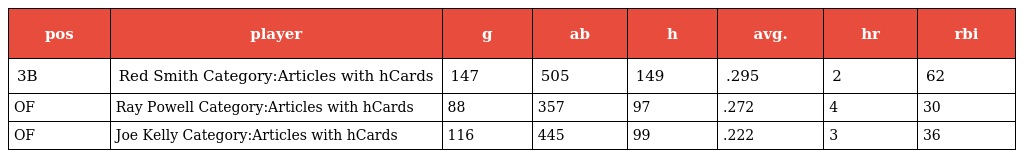
| pos | player | g | ab | h | avg. | hr | rbi |
 | --- | --- | --- | --- | --- | --- | --- | --- |
 | 3B | Red Smith Category:Articles with hCards | 147 | 505 | 149 | .295 | 2 | 62 |
 | OF | Ray Powell Category:Articles with hCards | 88 | 357 | 97 | .272 | 4 | 30 |
 | OF | Joe Kelly Category:Articles with hCards | 116 | 445 | 99 | .222 | 3 | 36 |